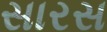
સારસ